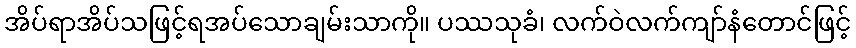
အိပ်ရာအိပ်သဖြင့်ရအပ်သောချမ်းသာကို။ ပဿသုခံ၊ လက်ဝဲလက်ကျာ်နံတောင်ဖြင့်